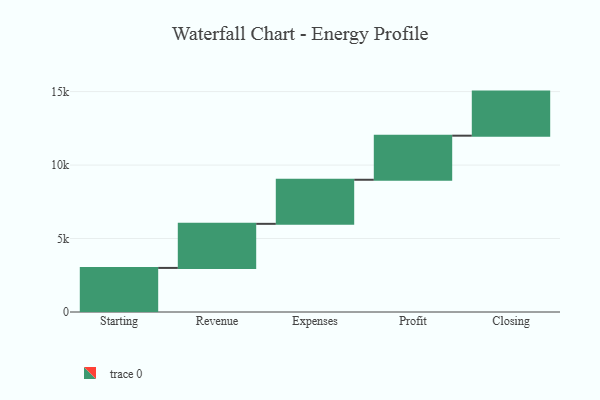
{"axis": {"x": "Step", "y": "Value"}, "legend": [""], "data": [{"x": "Starting", "y": 3000, "type": ""}, {"x": "Revenue", "y": 3000, "type": ""}, {"x": "Expenses", "y": 3000, "type": ""}, {"x": "Profit", "y": 3000, "type": ""}, {"x": "Closing", "y": 3000, "type": ""}]}